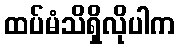
ထပ်မံသိရှိလိုပါက